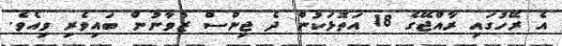
އެ ރޭހުގައި ރާއްޖޭގެ 18 އަތޮޅަކުން ދެ ޖިންސް ޒުވާނުން ބައިވެރި ވިއެވެ.